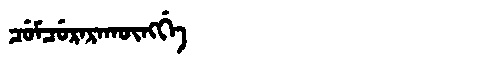
Manchu: ᠴᡠᠮᠴᡠᡵᠠᡵᠠᡴᡡᠩᡤᡝ
Romanization: CUMCURARAKŪNGGE